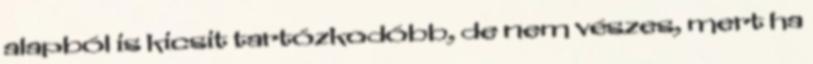
alapból is kicsit tartózkodóbb, de nem vészes, mert ha